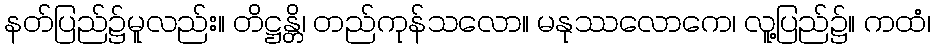
နတ်ပြည်၌မူလည်း။ တိဋ္ဌန္တိ၊ တည်ကုန်သလော။ မနုဿလောကေ၊ လူ့ပြည်၌။ ကထံ၊